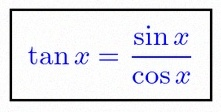
\tan x=\frac{\sin x}{\cos x}